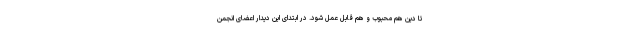
تا دین هم محبوب و هم قابل عمل شود. در ابتدای این دیدار اعضای انجمن